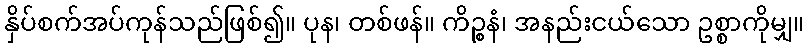
နှိပ်စက်အပ်ကုန်သည်ဖြစ်၍။ ပုန၊ တစ်ဖန်။ ကိဉ္စနံ၊ အနည်းငယ်သော ဥစ္စာကိုမျှ။